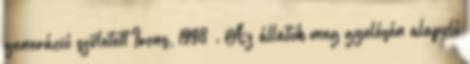
generáció született Irons, 1998 . Az állatok megﬁgyelésén alapuló